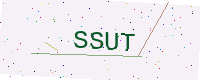
Text: SSUT